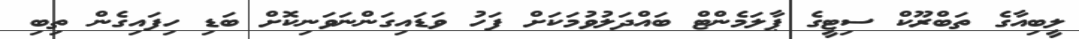
ލީބިއާގެ ތަބްރޫކް ސިޓީގެ ޕާލަމެންޓް ބައްދަލުވުމަކަށް ފަހު ވަޑައިގަންނަވަނިކޮށް ބަޑި ހިފައިގެން ތިބި